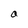
Character: a